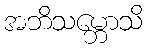
အဘိသမ္ဘောသိ